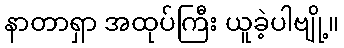
နာတာရှာ အထုပ်ကြီး ယူခဲ့ပါဗျို့။